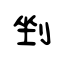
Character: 剉